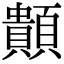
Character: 䫭